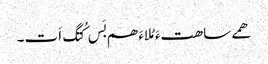
ھمے ساھتءَ مُلاءَ ھم بَس کُتگ اَت۔